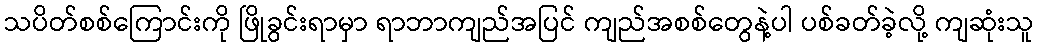
သပိတ်စစ်ကြောင်းကို ဖြိုခွင်းရာမှာ ရာဘာကျည်အပြင် ကျည်အစစ်တွေနဲ့ပါ ပစ်ခတ်ခဲ့လို့ ကျဆုံးသူ